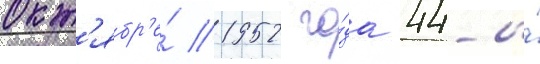
окт'ябр'е́ 1952 го́да 44-и́